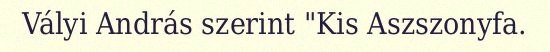
Vályi András szerint "Kis Aszszonyfa.